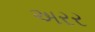
અરર